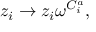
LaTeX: z _ { i } \rightarrow z _ { i } \omega ^ { C _ { i } ^ { a } } ,